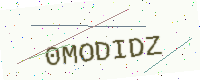
Text: 0MODIDZ